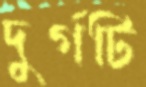
দুর্গটি